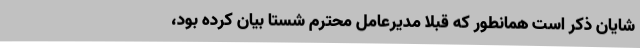
شایان ذکر است همانطور که قبلاً مدیرعامل محترم شستا بیان کرده بود،